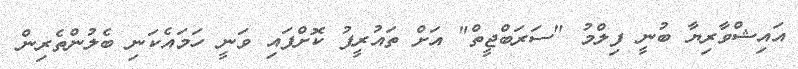
އައިޝްވާރިޔާ ބުނީ ފިލްމު "ސަރަބްޖީތް" އަށް ތައުރީފު ކޮށްފައި ވަނީ ހަމައެކަނި ބެލުންތެރިން